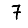
Digit: 7